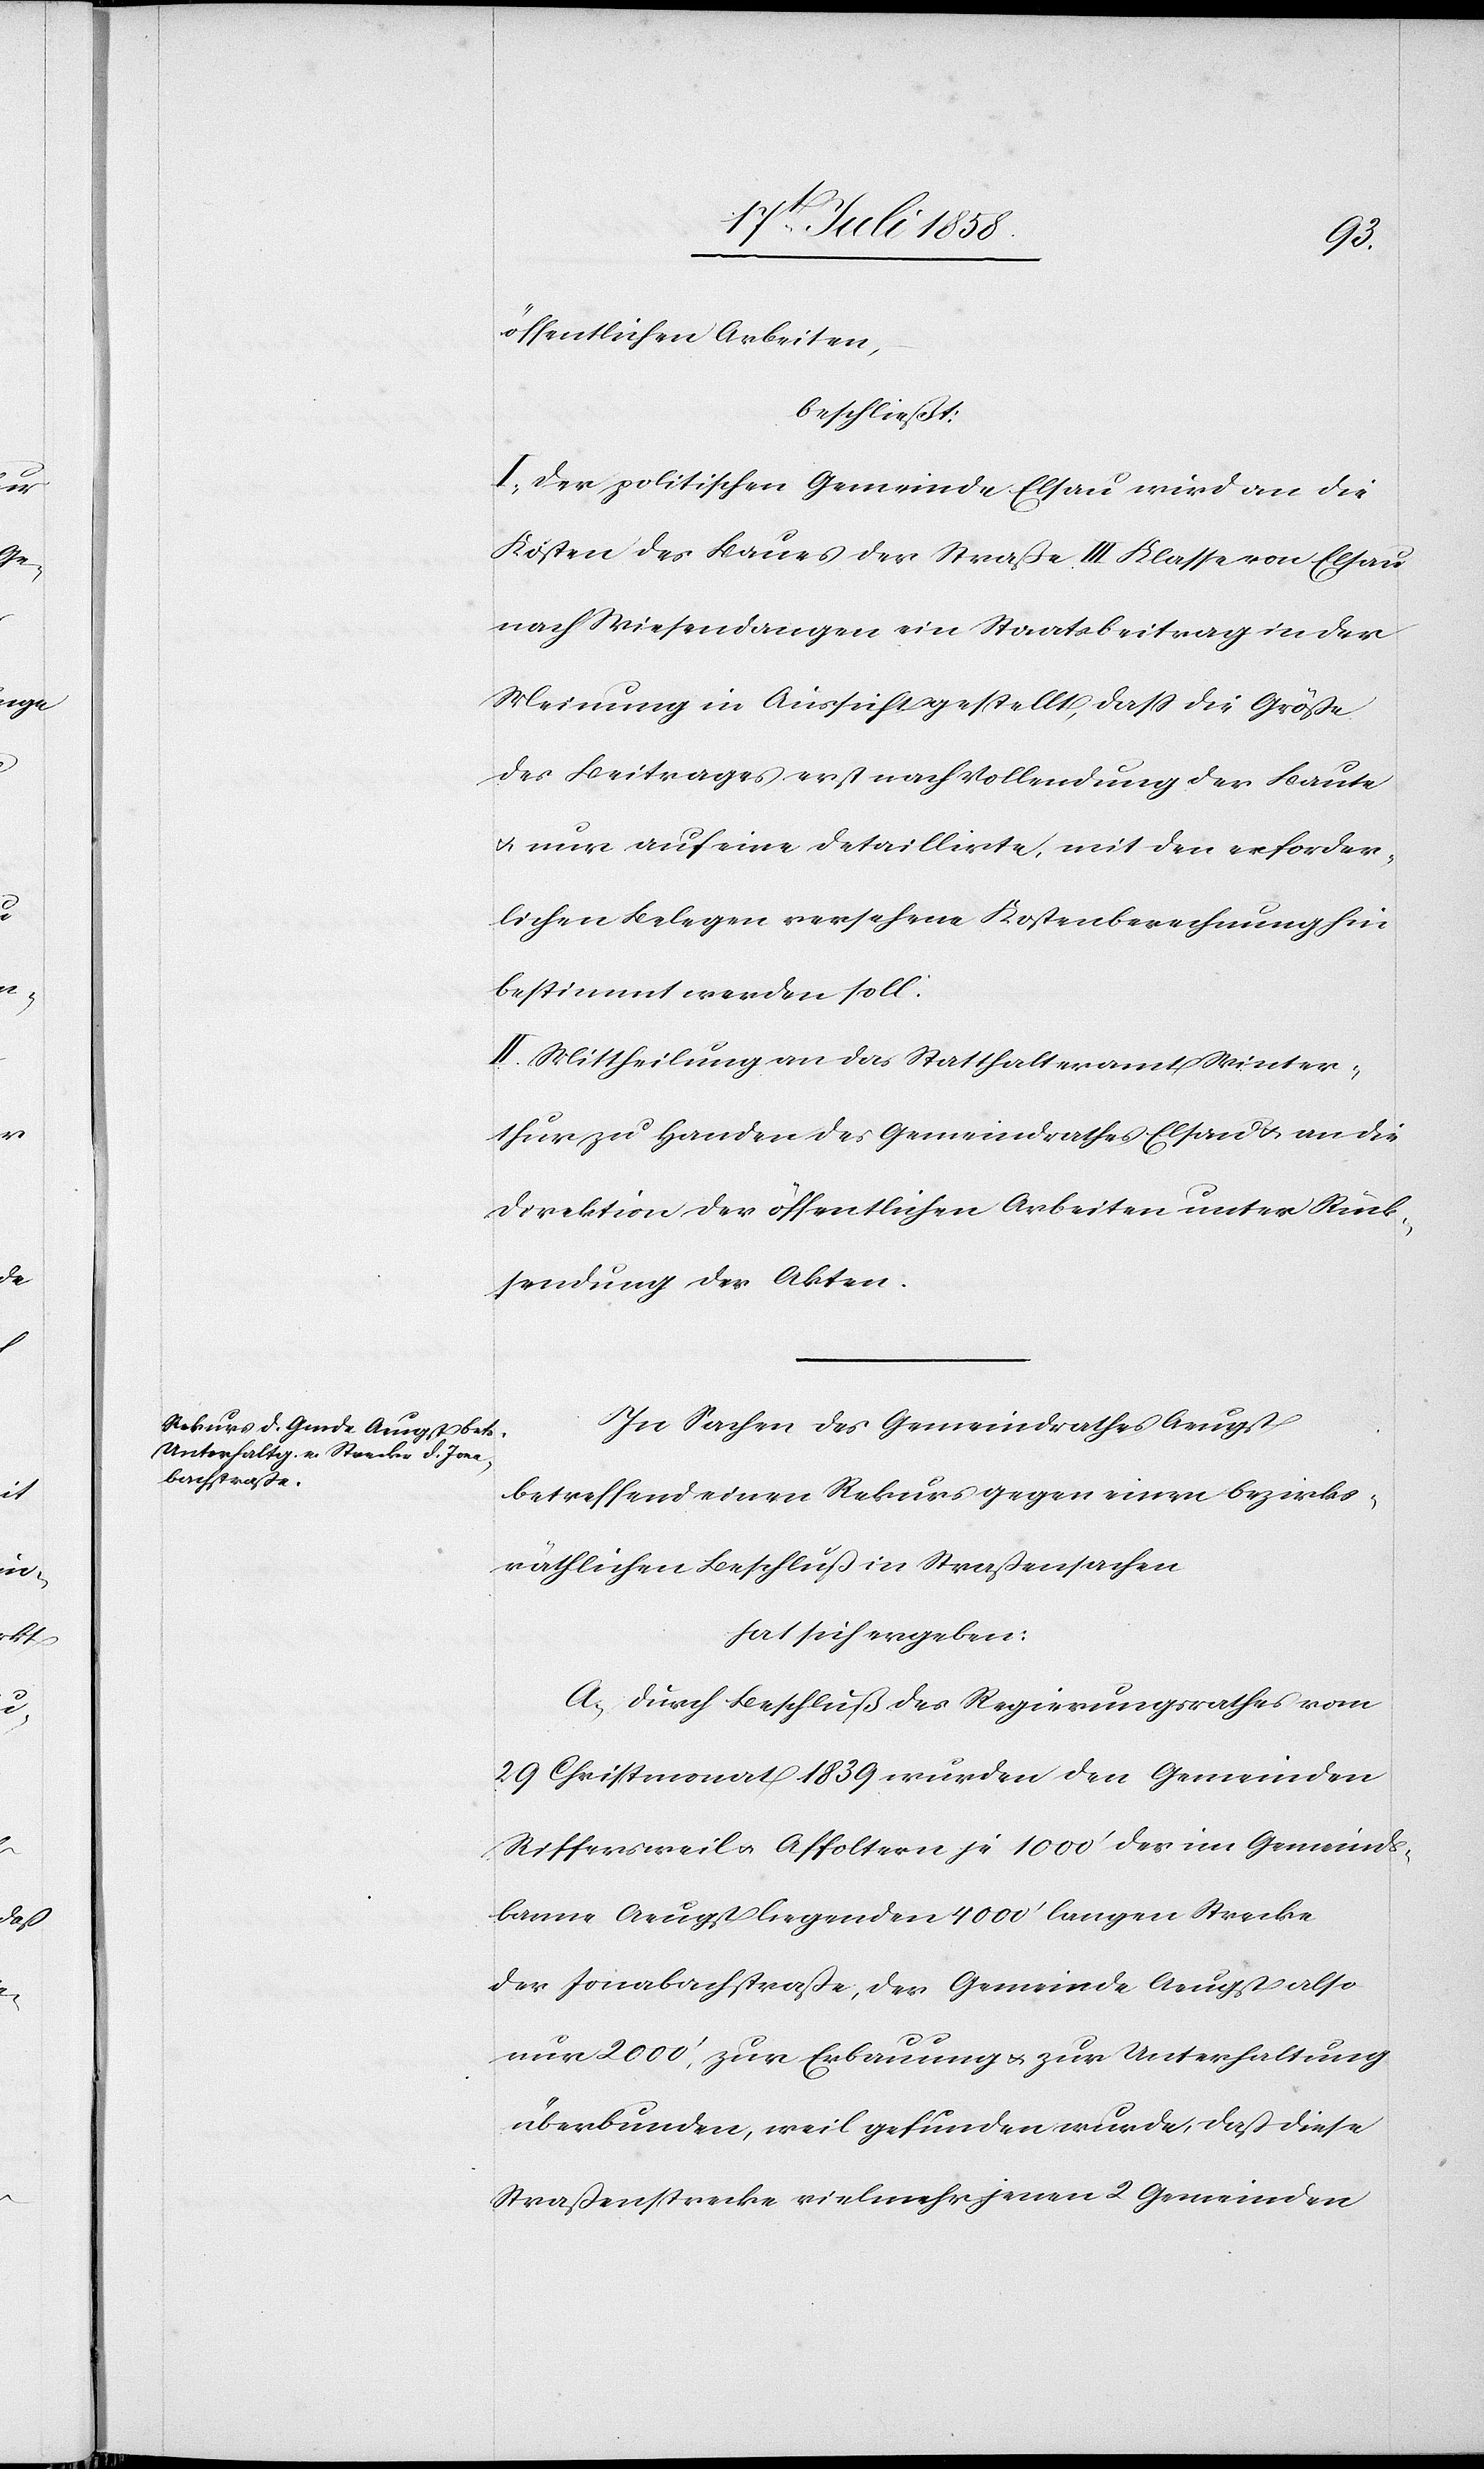
öffentlichen Arbeiten,
beschließt:
I. Der politischen Gemeinde Elsau wird an die
Kosten des Baues der Straße III Klasse von Elsau
nach Wiesendangen ein Staatsbeitrag in der
Meinung in Aussicht gestellt, dass die Größe
des Beitrages erst nach Vollendung der Baute
& nur auf eine detaillirte, mit den erforder¬
lichen Belegen versehene Kostenberechnung hin
bestimmt werden soll.
II. Mittheilung an das Statthalteramt Winter¬
thur zu Handen des Gemeindrathes Elsau & an die
Direktion der öffentlichen Arbeiten unter Rück¬
sendung der Akten.
In Sachen des Gemeindrathes Aeugst
betreffend einen Rekurs gegen einen bezirks¬
räthlichen Beschluß in Straßensachen
hat sich ergeben:
A. Durch Beschluß des Regierungsrathes vom
29 Christmonat 1839 wurden den Gemeinden
Riffersweil & Affoltern je 1000‘ der im Gemeinds¬
banne Aeugst liegenden 4000‘ langen Strecke
der Jonabachstraße, der Gemeinde Aeugst also
nur 2000‘, zur Erbauung & zur Unterhaltung
überbunden, weil gefunden wurde, daß diese
Straßenstrecke vielmehr jenen 2 Gemeinden